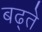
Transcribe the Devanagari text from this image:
बढ्ते